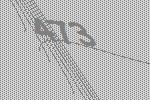
473